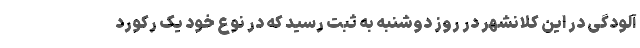
آلودگی در این کلانشهر در روز دوشنبه به ثبت رسید که در نوع خود یک رکورد